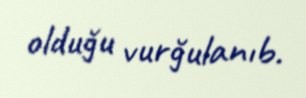
olduğu vurğulanıb.